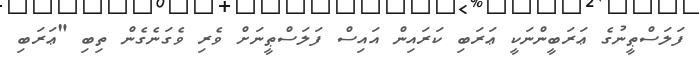
ފަލަސްޠީނުގެ ޢަރަބީންނަކީ ޢަރަބި ކަރައިން އައިސް ފަލަސްޠީނަށް ވެރި ވެގަނެގެން ތިބި "ޢަރަބި